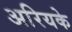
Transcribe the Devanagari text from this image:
अरियके